Annual report on the working of the mental hospitals in the Madras Presidency - 1912-1932
Year: 1912
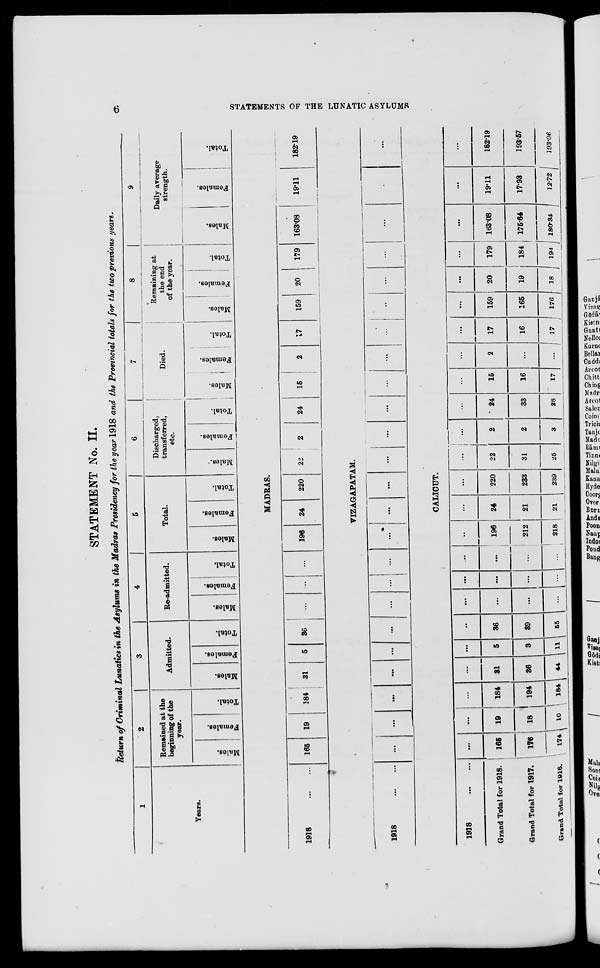
6
STATEMENTS OF THE LUNATIC ASYLUMS
STATEMENT No. II.
Return of Criminal Lunatics in the Asylums in the Madras Presidency for the year 1918 and the Provincial totals for the two previous years.
1
Years.
2
Remained at the
beginning of the
year.
Males.
Females.
Total.
3
Admitted.
Males.
Females.
Total.
4
Re-admitted.
Males.
Females.
Total.
5
Total.
Males.
Females.
Total.
6
Discharged,
transferred,
etc.
Males.
Females.
Total.
7
Died.
Males.
Females.
Total.
8
Remaining at
the end
of the year.
Males.
Females.
Total.
9
Daily average
strength.
Males.
Females.
Total.
MADRAS.
1918
...
...
165
19
184
31
5
36
...
... ...
196
24
220
22
2
24
15
2
17
159
20
179
163.08
19.11
182.19
VIZAGAPATAM.
1918 ... ...
...
...
...
...
...
...
...
... ...
...
...
...
...
...
...
...
...
...
... ...
...
...
...
...
CALICUT.
1918 ... ...
Grand Total for 1918.
Grand Total for 1917.
Grand Total for 1916.
...
165
176
174
...
19
18
10
...
184
194
184
...
31
36
44
...
5
3
11
...
36
39
55
...
...
...
...
...
...
...
...
...
...
...
...
196
212
218
...
24
21
21
...
220
233
239
...
22
31
25
...
2
2
3
...
24
33
28
...
15
16
17
...
2
...
...
...
17
16
17
...
159
165
176
...
20
19
18
...
179
184
194
...
163.08
175.64
180.34
...
19.11
17.93
12.72
...
182.19
193.57
193.06